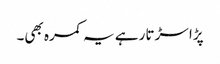
پڑا سڑتا رہے یہ کمرہ بھی۔